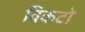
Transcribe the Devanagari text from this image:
विकटो